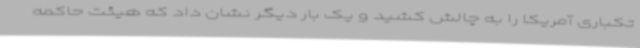
تکباری آمریکا را به چالش کشید و یک بار دیگر نشان داد که هیئت حاکمه